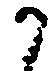
か